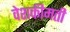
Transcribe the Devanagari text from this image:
वेशकीमती